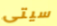
سيتى